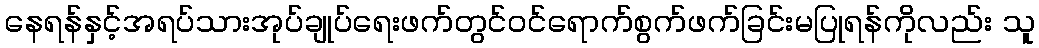
နေရန်နှင့်အရပ်သားအုပ်ချုပ်ရေးဖက်တွင်ဝင်ရောက်စွက်ဖက်ခြင်းမပြုရန်ကိုလည်း သူ